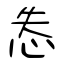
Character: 怣